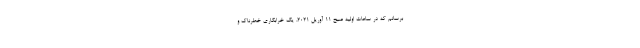
برسانم که در ساعات اولیه صبح ۱۱ آوریل ۲۰۲۱، یک خرابکاری خطرناک و